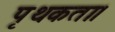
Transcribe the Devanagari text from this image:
पृथकता।